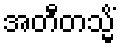
အတီတသ္မိံ